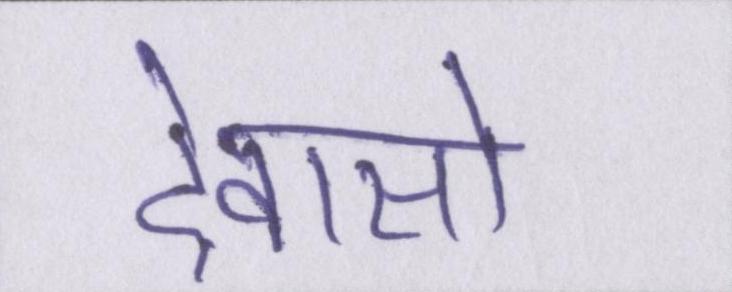
देवासो